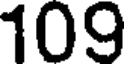
109